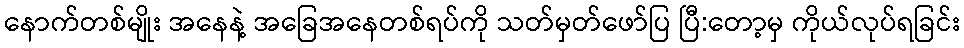
နောက်တစ်မျိုး အနေနဲ့ အခြေအနေတစ်ရပ်ကို သတ်မှတ်ဖော်ပြ ပြီ:တော့မှ ကိုယ်လုပ်ရခြင်း